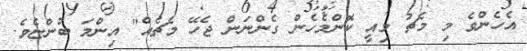
އެހެންވެ މި މެޗު މިއީ ކޮންމެހެން ގެންނަން ޖެހޭ މެޗެއް" އިންމަ ބުންޏެވެ.